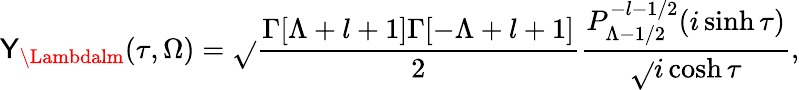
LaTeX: \mathsf{Y}_{\Lambdalm}(\tau,\Omega)=\sqrt{}{{\frac{{\Gamma[\Lambda+l+1]\Gamma[-\Lambda+l+1]}}{{2}}}}\frac{{P_{\Lambda-1/2}^{-l-1/2}(i\sinh\tau)}}{{\sqrt{}{{i\cosh\tau}}}},